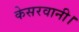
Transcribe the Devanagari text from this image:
केसरवानी।